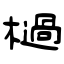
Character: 檛